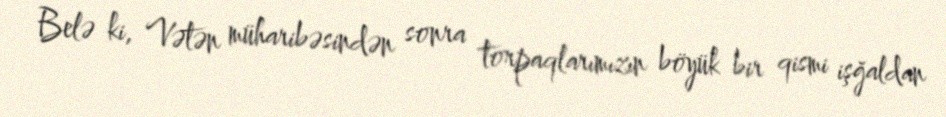
Belə ki, Vətən müharibəsindən sonra torpaqlarımızın böyük bir qismi işğaldan